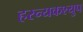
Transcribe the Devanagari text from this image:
हरन्यकश्युप